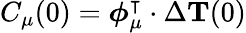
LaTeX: C_{\mu}(0)=\boldsymbol{\phi}_{\mu}^{\intercal}\cdot\Delta{{\mathbf T}}(0)